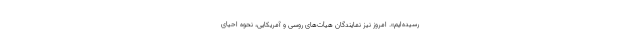
رسیده‌ایم». امروز نیز نمایندگان هیأت‌های روسی و آمریکایی، نحوه احیای